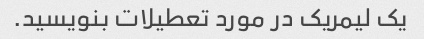
یک لیمریک در مورد تعطیلات بنویسید.